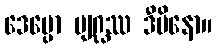
ဒေပ္ပော ဗျဂ္ဃဿ ဒီပိနော။